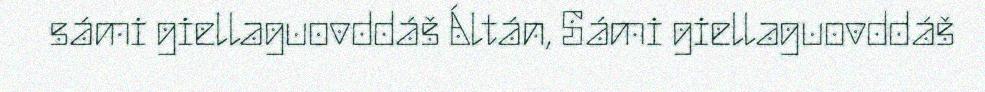
sámi giellaguovddáš Áltán, Sámi giellaguovddáš